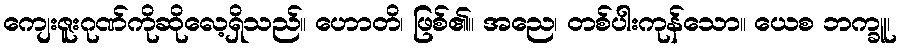
ကျေးဇူးဂုဏ်ကိုဆိုလေ့ရှိသည်။ ဟောတိ၊ ဖြစ်၏။ အညေ၊ တစ်ပါးကုန်သော။ ယေစ ဘက္ခူ၊